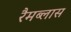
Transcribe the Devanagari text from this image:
रैमब्लास